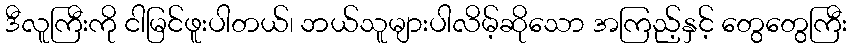
ဒီလူကြီးကို ငါမြင်ဖူးပါတယ်၊ ဘယ်သူများပါလိမ့်ဆိုသော အကြည့်နှင့် တွေတွေကြီး